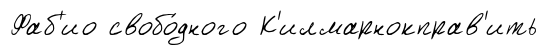
Фаб'ио свобо́дного К'илмарнокправ'ить